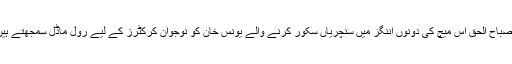
مصباح الحق اس میچ کی دونوں اننگز میں سنچریاں سکور کرنے والے یونس خان کو نوجوان کرکٹرز کے لیے رول ماڈل سمجھتے ہیں۔